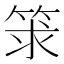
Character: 𥭑